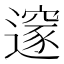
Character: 𨗉